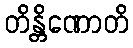
တိန္တိဏောတိ